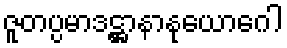
ဇူတပ္ပမာဒဋ္ဌာနာနုယောဂေါ